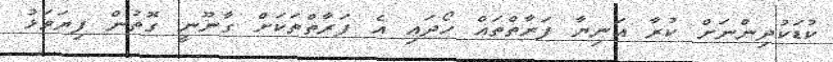
ކުޑަކުދިންނަށް ކުރާ އަނިޔާ ފަރާތްތައް ހޯދައި އެ ފަރާތްތަކަށް ގާނޫނީ ގޮތުން ފިޔަވަޅު